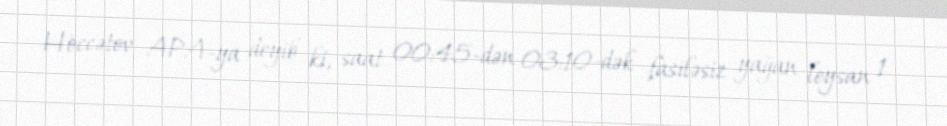
Höccətov APA-ya deyib ki, saat 00:45-dən 03:10-dək fasiləsiz yağan leysan 1